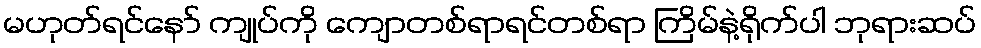
မဟုတ်ရင်နော် ကျုပ်ကို ကျောတစ်ရာရင်တစ်ရာ ကြိမ်နဲ့ရိုက်ပါ ဘုရားဆပ်